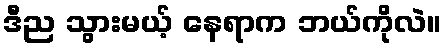
ဒီည သွားမယ့် နေရာက ဘယ်ကိုလဲ။